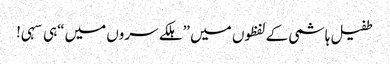
طفیل ہاشمی کے لفظوں میں ”ہلکے سروں میں“ہی سہی!